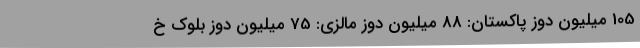
105 میلیون دوز پاکستان: 88 میلیون دوز مالزی: 75 میلیون دوز بلوک خ